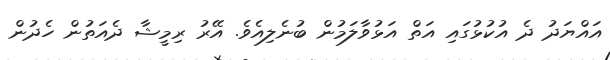
އައްޔަދު ދެ އުކުޅުގައި އަތް އަޅުވާލަމުން ބުނެލިއެވެ. އޭރު ރިމީޝާ ދެއަތުން ހެދުން